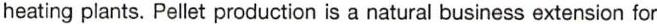
heating plants. Pellet production is a natural business extension for